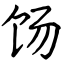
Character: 饧